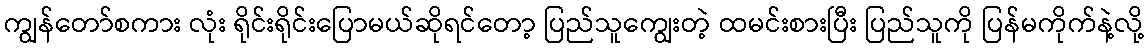
ကျွန်တော်စကား လုံး ရိုင်းရိုင်းပြောမယ်ဆိုရင်တော့ ပြည်သူကျွေးတဲ့ ထမင်းစားပြီး ပြည်သူကို ပြန်မကိုက်နဲ့လို့